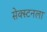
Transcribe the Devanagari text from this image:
सेक्स्टनला